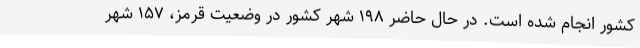
کشور انجام شده است. در حال حاضر ۱۹۸ شهر کشور در وضعیت قرمز، ۱۵۷ شهر